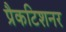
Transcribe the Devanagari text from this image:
प्रैकटिशनर